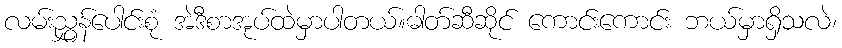
လမ်းညွှန်ပေါင်းစုံ အဲဒီစာအုပ်ထဲမှာပါတယ်။ဓါတ်ဆီဆိုင် ကောင်းကောင်း ဘယ်မှာရှိသလဲ၊